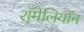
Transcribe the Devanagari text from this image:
शॅमेलियॉन